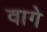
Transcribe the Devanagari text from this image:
वागे